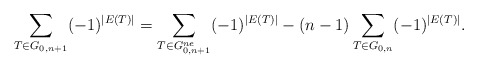
\begin{align*}\sum_{T \in G_{0,n+1}} (-1)^{|E(T)|} = \sum_{T \in G_{0,n+1}^{ne}} (-1)^{|E(T)|} - (n-1) \sum_{T \in G_{0,n}} (-1)^{|E(T)|}.\end{align*}